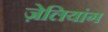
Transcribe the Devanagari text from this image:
ज़ेलियांग